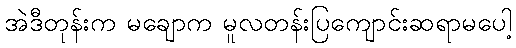
အဲဒီတုန်းက မချောက မူလတန်းပြကျောင်းဆရာမပေါ့